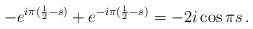
\begin{align*}-e^{i\pi(\frac 1 2-s)} +e^{-i\pi(\frac 1 2-s)} = -2i\cos \pi s\,.\end{align*}